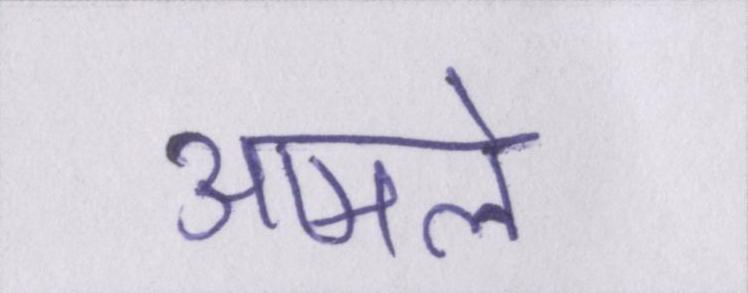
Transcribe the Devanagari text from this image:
आमले